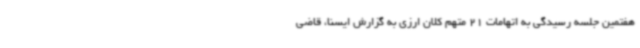
هفتمین جلسه رسیدگی به اتهامات 21 متهم کلان ارزی به گزارش ایسنا، قاضی